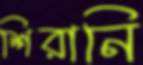
শিরানি